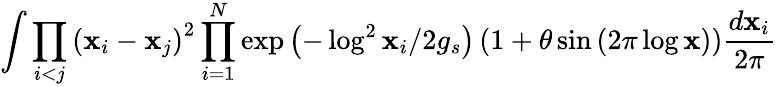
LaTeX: \int\prod_{i<j}\left(\mathbf{x}_{i}-\mathbf{x}_{j}\right)^{2}\prod_{i=1}^{N}\exp\left(-\log^{2}\mathbf{x}_{i}/2g_{s}\right)\left(1+\theta\sin\left(2\pi\log\mathbf{x}\right)\right)\frac{{d\mathbf{x}_{i}}}{{2\pi}}